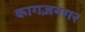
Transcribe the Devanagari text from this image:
कागज़नगर